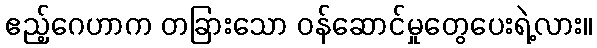
ဧည့်ဂေဟာက တခြားသော ဝန်ဆောင်မှုတွေပေးရဲ့လား။